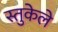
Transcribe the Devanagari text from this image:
स्तुकेले